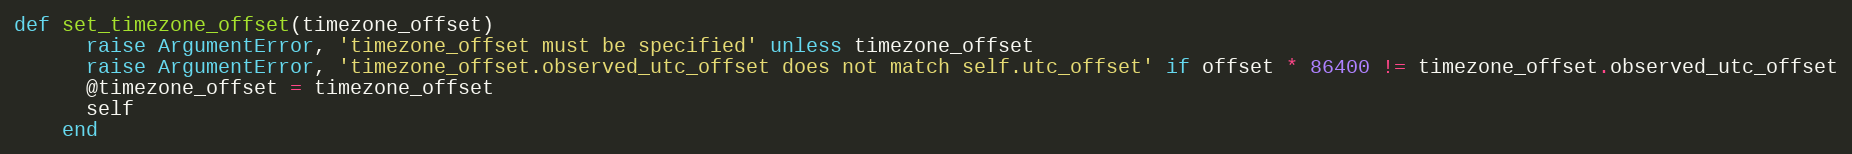
Language: Ruby
def set_timezone_offset(timezone_offset)
      raise ArgumentError, 'timezone_offset must be specified' unless timezone_offset
      raise ArgumentError, 'timezone_offset.observed_utc_offset does not match self.utc_offset' if offset * 86400 != timezone_offset.observed_utc_offset
      @timezone_offset = timezone_offset
      self
    end